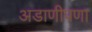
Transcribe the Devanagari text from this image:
अडाणीपणा